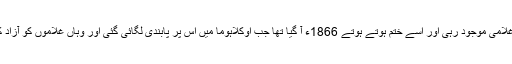
ابراہام لنکن کے 1863ء کے صدارتی حکم کے باوجود امریکہ کے کئی حصوں میں غلامی موجود رہی اور اسے ختم ہوتے ہوتے 1866ء آ گیا تھا جب اوکلاہوما میں اس پر پابندی لگائی گئی اور وہاں غلاموں کو آزاد کئے جانے کے لئے کہا گیا لیکن نسلی برتری صرف قوانین منظورسے ختم نہیں ہوتی ۔